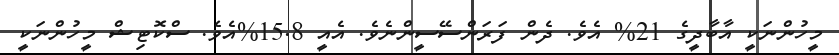
މީހުންނަކީ އާބާދީގެ 21% އެވެ. ދެން ފަރަންސޭސީންނެވެ. އެއީ 15.8%އެވެ. ސްކޮޓިޝް މީހުންނަކީ